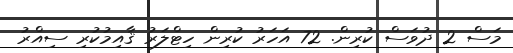
މަސް 2 ދުވަސް ކުރިން. 72 އަހަރު ކުރިން ހިޓްލަރު ޤާއިމުކުރި ސިއްރު